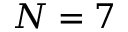
N = 7